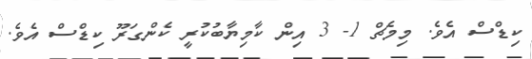
ކިޑްސް އެވެ. މިމެޗް 1- 3 އިން ކާމިޔާބުކުރީ ކެންގަރޫ ކިޑްސް އެވެ.